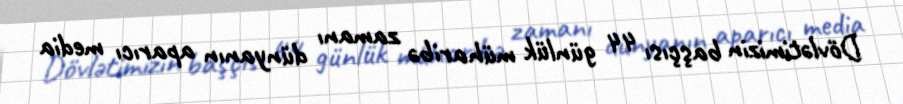
Dövlətimizin başçısı 44 günlük müharibə zamanı dünyanın aparıcı media